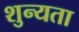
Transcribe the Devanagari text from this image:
शुन्यता